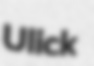
Ulick